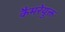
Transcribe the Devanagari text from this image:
कैमरेयुक्त